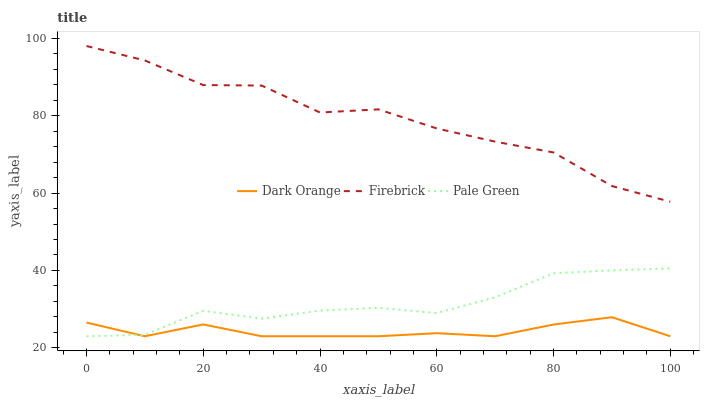
| xaxis_label | Dark Orange | Firebrick | Pale Green |
 | --- | --- | --- | --- |
 | 0 | 26.5 | 98 | 23 |
 | 10 | 23 | 94.3 | 23.4 |
 | 20 | 26.1 | 87.9 | 29.6 |
 | 30 | 23 | 87.8 | 27.5 |
 | 40 | 23 | 80.8 | 29.6 |
 | 50 | 23 | 81.6 | 30.3 |
 | 60 | 23.8 | 76.7 | 29 |
 | 70 | 23 | 73.3 | 33.1 |
 | 80 | 26 | 70.5 | 39.3 |
 | 90 | 27.9 | 61.8 | 40 |
 | 100 | 23 | 57.8 | 40.5 |